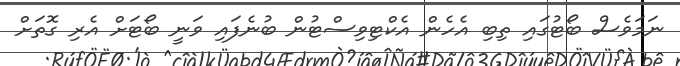
ނަމަވެސް ބޯޓުގައި ތިބި އެހެން އެކްޓިވިސްޓުން ބުނެފައި ވަނީ ބޯޓަށް އެރި ގޮތަށް